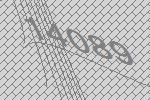
14089